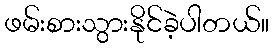
ဖမ်းစားသွားနိုင်ခဲ့ပါတယ်။